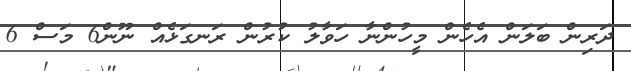
ދަރިން ބަލަން އެހެން މީހުންނާ ހަވާލު ކުރުން ރަނގަޅެއް ނޫން6 މަސް 6